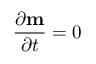
\frac { { \partial } { \bf { m } } } { { \partial } t } = 0